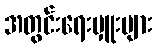
အတွင်းရေးမှူးများ